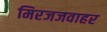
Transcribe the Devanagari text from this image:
मिरजजवाहर